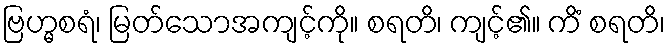
ဗြဟ္မစရံ၊ မြတ်သောအကျင့်ကို။ စရတိ၊ ကျင့်၏။ ကိံ စရတိ၊